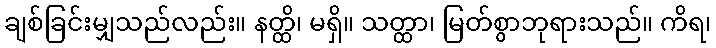
ချစ်ခြင်းမျှသည်လည်း။ နတ္ထိ၊ မရှိ။ သတ္ထာ၊ မြတ်စွာဘုရားသည်။ ကိရ၊